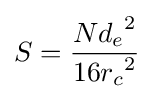
S={{N{d_{e}}^{2}} \over {{16r_{c}}^{2}}}